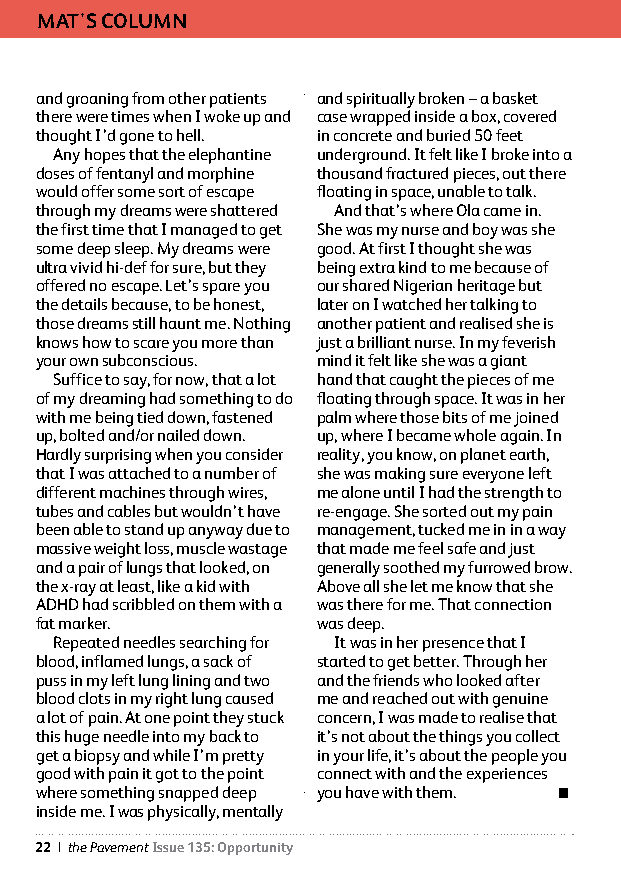
MAT'S COLUMN
 and groaning from other patients and spiritually broken – a basket
 there were times when I woke up and case wrapped inside a box, covered
 thought I’d gone to hell. in concrete and buried 50 feet
 Any hopes that the elephantine underground. It felt like I broke into a
 doses of fentanyl and morphine thousand fractured pieces, out there
 would offer some sort of escape floating in space, unable to talk.
 through my dreams were shattered And that’s where Ola came in.
 the first time that I managed to get She was my nurse and boy was she
 some deep sleep. My dreams were good. At first I thought she was
 ultra vivid hi-def for sure, but they being extra kind to me because of
 offered no escape. Let’s spare you our shared Nigerian heritage but
 the details because, to be honest, later on I watched her talking to
 those dreams still haunt me. Nothing another patient and realised she is
 knows how to scare you more than just a brilliant nurse. In my feverish
 your own subconscious. mind it felt like she was a giant
 Suffice to say, for now, that a lot hand that caught the pieces of me
 of my dreaming had something to do floating through space. It was in her
 with me being tied down, fastened palm where those bits of me joined
 up, bolted and/or nailed down. up, where I became whole again. In
 Hardly surprising when you consider reality, you know, on planet earth,
 that I was attached to a number of she was making sure everyone left
 different machines through wires, me alone until I had the strength to
 tubes and cables but wouldn’t have re-engage. She sorted out my pain
 been able to stand up anyway due to management, tucked me in in a way
 massive weight loss, muscle wastage that made me feel safe and just
 and a pair of lungs that looked, on generally soothed my furrowed brow.
 the x-ray at least, like a kid with Above all she let me know that she
 ADHD had scribbled on them with a was there for me. That connection
 fat marker.        was deep.
 Repeated needles searching for It was in her presence that I
 blood, inflamed lungs, a sack of started to get better. Through her
 puss in my left lung lining and two and the friends who looked after
 blood clots in my right lung caused me and reached out with genuine
 a lot of pain. At one point they stuck concern, I was made to realise that
 this huge needle into my back to it’s not about the things you collect
 get a biopsy and while I’m pretty in your life, it’s about the people you
 good with pain it got to the point connect with and the experiences
 where something snapped deep you have with them. 
 inside me. I was physically, mentally
 22 | the Pavement Issue 135: Opportunity